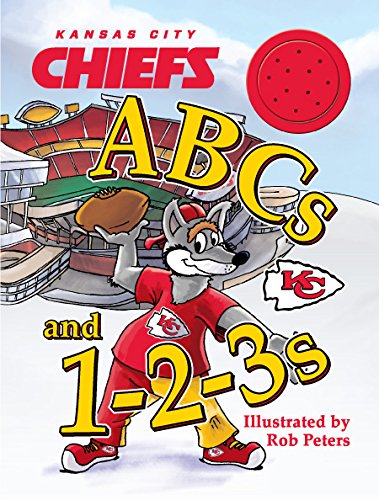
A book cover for Kansas City Chiefs ABCs and 1-2-3s; Ascend Books; Travel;